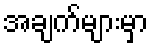
အချက်များမှာ